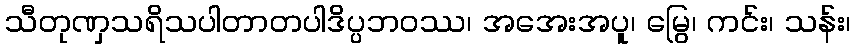
သီတုဏှသရိသပါတာတပါဒိပ္ပဘဝဿ၊ အအေးအပူ၊ မြွေ၊ ကင်း၊ သန်း၊